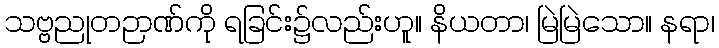
သဗ္ဗညုတဉာဏ်ကို ရခြင်း၌လည်းဟူ။ နိယတာ၊ မြဲမြဲသော။ နရာ၊